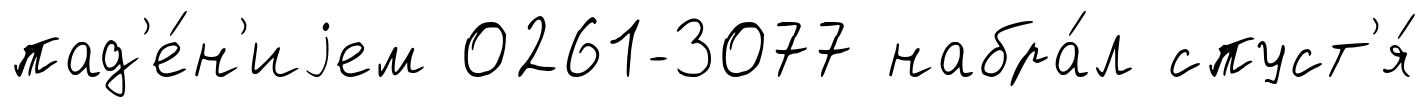
пад'е́н'иjем 0261-3077 набра́л спуст'я́